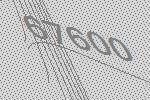
67600